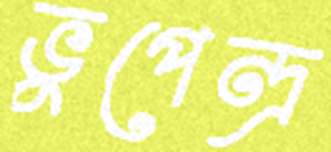
ভুপেন্দ্র